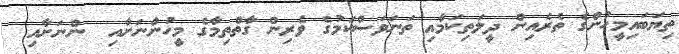
ތިޔަބައިމީހުންގެ ތެރެއިން ދީލަތިކަމާއި ތަނަވަސްކަމުގެ ވެރިން ގާތްތިމާގެ މީހުންނަށާއި  ންނަށާއި